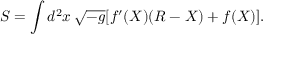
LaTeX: S = \int d ^ { 2 } x \, \sqrt { - g } [ f ^ { \prime } ( X ) ( R - X ) + f ( X ) ] .